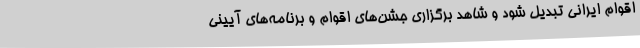
اقوام ایرانی تبدیل شود و شاهد برگزاری جشن‌های اقوام و برنامه‌های آیینی